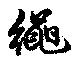
繩